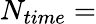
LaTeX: N_{time}=